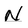
Character: N